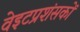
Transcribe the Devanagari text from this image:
वेइटप्रशंसकों